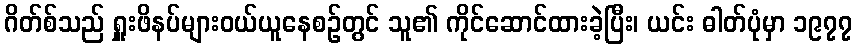
ဂိတ်စ်သည် ရှူးဖိနပ်များဝယ်ယူနေစဉ်တွင် သူ၏ ကိုင်ဆောင်ထားခဲ့ပြီး၊ ယင်း ဓါတ်ပုံမှာ ၁၉၇၇